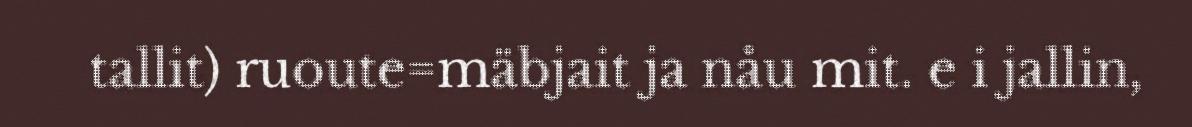
tallit) ruoute=mäbjait ja nåu mit. e i jallin,